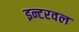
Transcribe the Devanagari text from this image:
इन्टरवल